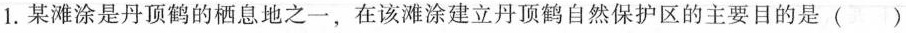
1.某滩涂是丹顶鹤的栖息地之一，在该滩涂建立丹顶鹤自然保护区的主要目的是()